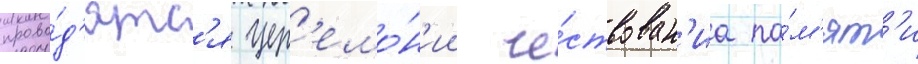
прово́д'ятс'я цер'емо́н'ии че́ствован'иа па́м'ят'и